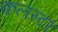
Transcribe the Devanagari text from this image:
कलस्टर